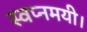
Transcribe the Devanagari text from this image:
स्वप्नमयी।